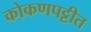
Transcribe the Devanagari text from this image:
कोकणपट्टीत